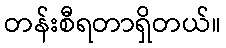
တန်းစီရတာရှိတယ်။